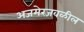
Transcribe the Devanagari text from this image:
अजमेरजवळील